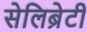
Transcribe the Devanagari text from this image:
सेलिब्रेटी